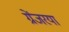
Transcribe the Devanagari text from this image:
ग्रेंजरया